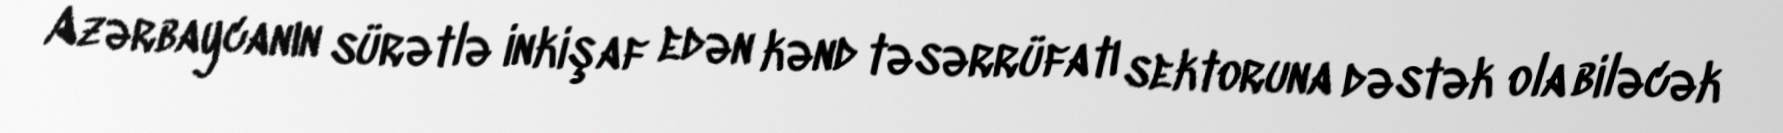
Azərbaycanın sürətlə inkişaf edən kənd təsərrüfatı sektoruna dəstək ola biləcək